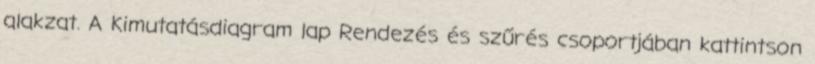
alakzat. A Kimutatásdiagram lap Rendezés és szűrés csoportjában kattintson